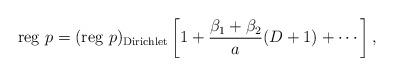
LaTeX: \begin{align*} {\rm reg}\,\,p=({\rm reg}\,\,p)_{{\rm Dirichlet}} \left[ 1+\frac{\beta _1+\beta _2}{a}(D+1)+\cdots \right] ,\end{align*}